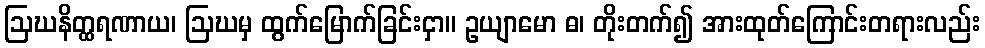
ဩဃနိတ္ထရဏာယ၊ ဩဃမှ ထွက်မြောက်ခြင်းငှာ။ ဥယျာမော ဓ၊ တိုးတက်၍ အားထုတ်ကြောင်းတရားလည်း